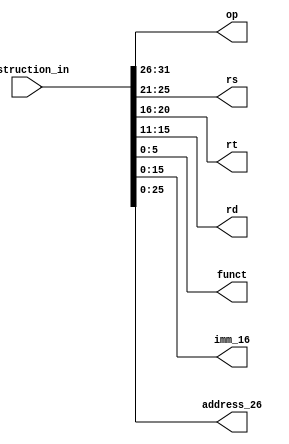
//------------------------------------------------------------------------
// Instruction Decoder
//   Positive edge triggered
//------------------------------------------------------------------------

module instructionDecoder
(
    input [31:0] instruction_in,
    output [5:0]     op,
    output [4:0]     rs,
    output [4:0]     rt,
    output [4:0]     rd,
    output [5:0]     funct,
    output [15:0]    imm_16,
    output [25:0]   address_26
);

  assign op = instruction_in[31:26];
  assign rs = instruction_in[25:21];
  assign rt = instruction_in[20:16];
  assign rd = instruction_in[15:11];
  assign funct = instruction_in[5:0];
  assign imm_16 = instruction_in[15:0];
  assign address_26 = instruction_in[25:0];

endmodule